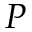
P